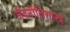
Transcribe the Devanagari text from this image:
जैवनीतिशास्त्र